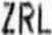
ZRL